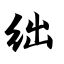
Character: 绌